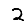
Digit: 2